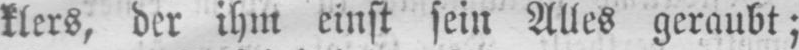
klers, der ihm einst sein Alles geraubt;